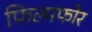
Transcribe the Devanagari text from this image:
फिल्मफोर